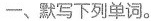
一、默写下列单词。